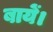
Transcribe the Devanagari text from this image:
बायें।